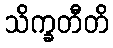
သိက္ခတီတိ